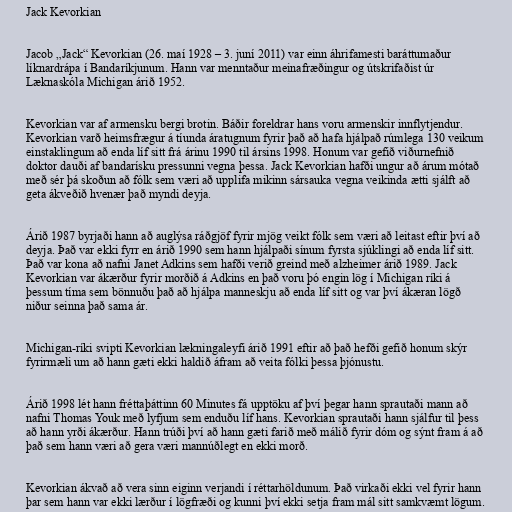
Jack Kevorkian

Jacob „Jack“ Kevorkian (26. maí 1928 – 3. juní 2011) var einn áhrifamesti baráttumaður
líknardrápa í Bandaríkjunum. Hann var menntaður meinafræðingur og útskrifaðist úr
Læknaskóla Michigan árið 1952.

Kevorkian var af armensku bergi brotin. Báðir foreldrar hans voru armenskir innflytjendur.
Kevorkian varð heimsfrægur á tíunda áratugnum fyrir það að hafa hjálpað rúmlega 130 veikum
einstaklingum að enda líf sitt frá árinu 1990 til ársins 1998. Honum var gefið viðurnefnið
doktor dauði af bandarísku pressunni vegna þessa. Jack Kevorkian hafði ungur að árum mótað
með sér þá skoðun að fólk sem væri að upplifa mikinn sársauka vegna veikinda ætti sjálft að
geta ákveðið hvenær það myndi deyja.

Árið 1987 byrjaði hann að auglýsa ráðgjöf fyrir mjög veikt fólk sem væri að leitast eftir því að
deyja. Það var ekki fyrr en árið 1990 sem hann hjálpaði sínum fyrsta sjúklingi að enda líf sitt.
Það var kona að nafni Janet Adkins sem hafði verið greind með alzheimer árið 1989. Jack
Kevorkian var ákærður fyrir morðið á Adkins en það voru þó engin lög í Michigan ríki á
þessum tíma sem bönnuðu það að hjálpa manneskju að enda líf sitt og var því ákæran lögð
niður seinna það sama ár.

Michigan-ríki svipti Kevorkian lækningaleyfi árið 1991 eftir að það hefði gefið honum skýr
fyrirmæli um að hann gæti ekki haldið áfram að veita fólki þessa þjónustu.

Árið 1998 lét hann fréttaþáttinn 60 Minutes fá upptöku af því þegar hann sprautaði mann að
nafni Thomas Youk með lyfjum sem enduðu líf hans. Kevorkian sprautaði hann sjálfur til þess
að hann yrði ákærður. Hann trúði því að hann gæti farið með málið fyrir dóm og sýnt fram á að
það sem hann væri að gera væri mannúðlegt en ekki morð.

Kevorkian ákvað að vera sinn eiginn verjandi í réttarhöldunum. Það virkaði ekki vel fyrir hann
þar sem hann var ekki lærður í lögfræði og kunni því ekki setja fram mál sitt samkvæmt lögum.